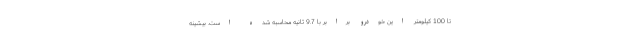
تا 100 کیلومتر این خودرو برابر با 9.7 ثانیه محاسبه شده است. بیشینه